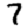
Digit: 7